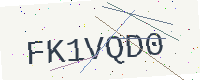
Text: FK1VQD0